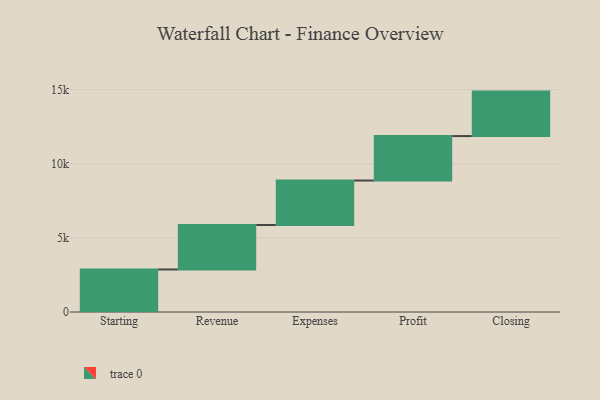
{"axis": {"x": "Step", "y": "Value"}, "legend": [""], "data": [{"x": "Starting", "y": 2869.0, "type": ""}, {"x": "Revenue", "y": 3000, "type": ""}, {"x": "Expenses", "y": 3000, "type": ""}, {"x": "Profit", "y": 3000, "type": ""}, {"x": "Closing", "y": 3000, "type": ""}]}